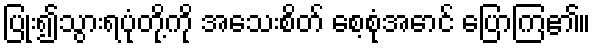
ပြုံး၍သွားရပုံတို့ကို အသေးစိတ် စေ့စုံအောင် ပြောကြ၏။